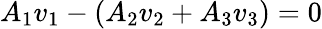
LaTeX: A_{1}v_{1}-(A_{2}v_{2}+A_{3}v_{3})=0